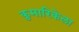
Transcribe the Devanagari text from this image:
कुमारिकेला